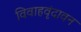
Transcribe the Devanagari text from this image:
विवाहवृंदावन